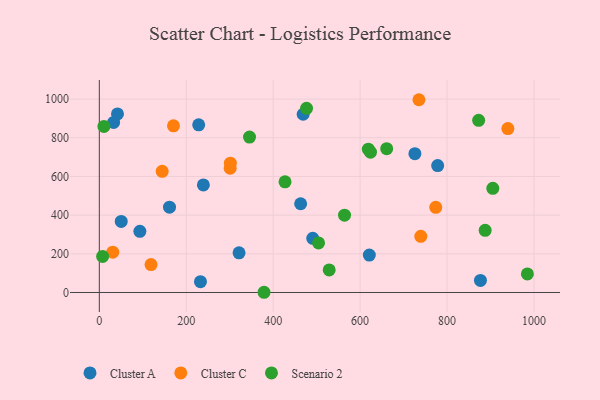
{"axis": {"x": "Study Hours", "y": "Exam Score"}, "legend": ["Cluster A", "Cluster C", "Scenario 2"], "data": [{"x": "778.5", "y": 656.2, "type": "Cluster A"}, {"x": "41.8", "y": 923.3, "type": "Cluster A"}, {"x": "32.9", "y": 879.1, "type": "Cluster A"}, {"x": "321.5", "y": 205.0, "type": "Cluster A"}, {"x": "50.4", "y": 367.5, "type": "Cluster A"}, {"x": "469.0", "y": 921.5, "type": "Cluster A"}, {"x": "232.7", "y": 56.1, "type": "Cluster A"}, {"x": "239.4", "y": 556.3, "type": "Cluster A"}, {"x": "491.1", "y": 280.2, "type": "Cluster A"}, {"x": "876.9", "y": 62.5, "type": "Cluster A"}, {"x": "228.6", "y": 866.6, "type": "Cluster A"}, {"x": "93.3", "y": 316.3, "type": "Cluster A"}, {"x": "463.2", "y": 458.9, "type": "Cluster A"}, {"x": "726.1", "y": 717.8, "type": "Cluster A"}, {"x": "621.2", "y": 193.4, "type": "Cluster A"}, {"x": "161.5", "y": 441.0, "type": "Cluster A"}, {"x": "170.6", "y": 861.8, "type": "Cluster C"}, {"x": "119.0", "y": 144.1, "type": "Cluster C"}, {"x": "774.1", "y": 440.2, "type": "Cluster C"}, {"x": "30.9", "y": 208.6, "type": "Cluster C"}, {"x": "144.6", "y": 626.4, "type": "Cluster C"}, {"x": "301.5", "y": 668.6, "type": "Cluster C"}, {"x": "940.0", "y": 847.2, "type": "Cluster C"}, {"x": "735.4", "y": 996.6, "type": "Cluster C"}, {"x": "739.7", "y": 290.6, "type": "Cluster C"}, {"x": "301.1", "y": 642.4, "type": "Cluster C"}, {"x": "623.9", "y": 725.2, "type": "Scenario 2"}, {"x": "905.4", "y": 538.7, "type": "Scenario 2"}, {"x": "504.4", "y": 256.3, "type": "Scenario 2"}, {"x": "984.9", "y": 96.0, "type": "Scenario 2"}, {"x": "10.6", "y": 858.8, "type": "Scenario 2"}, {"x": "887.8", "y": 321.4, "type": "Scenario 2"}, {"x": "345.6", "y": 803.5, "type": "Scenario 2"}, {"x": "379.0", "y": 1.1, "type": "Scenario 2"}, {"x": "661.2", "y": 743.5, "type": "Scenario 2"}, {"x": "427.3", "y": 572.0, "type": "Scenario 2"}, {"x": "872.8", "y": 890.1, "type": "Scenario 2"}, {"x": "476.8", "y": 952.2, "type": "Scenario 2"}, {"x": "619.0", "y": 741.1, "type": "Scenario 2"}, {"x": "7.6", "y": 186.2, "type": "Scenario 2"}, {"x": "564.2", "y": 399.6, "type": "Scenario 2"}, {"x": "528.9", "y": 116.6, "type": "Scenario 2"}]}